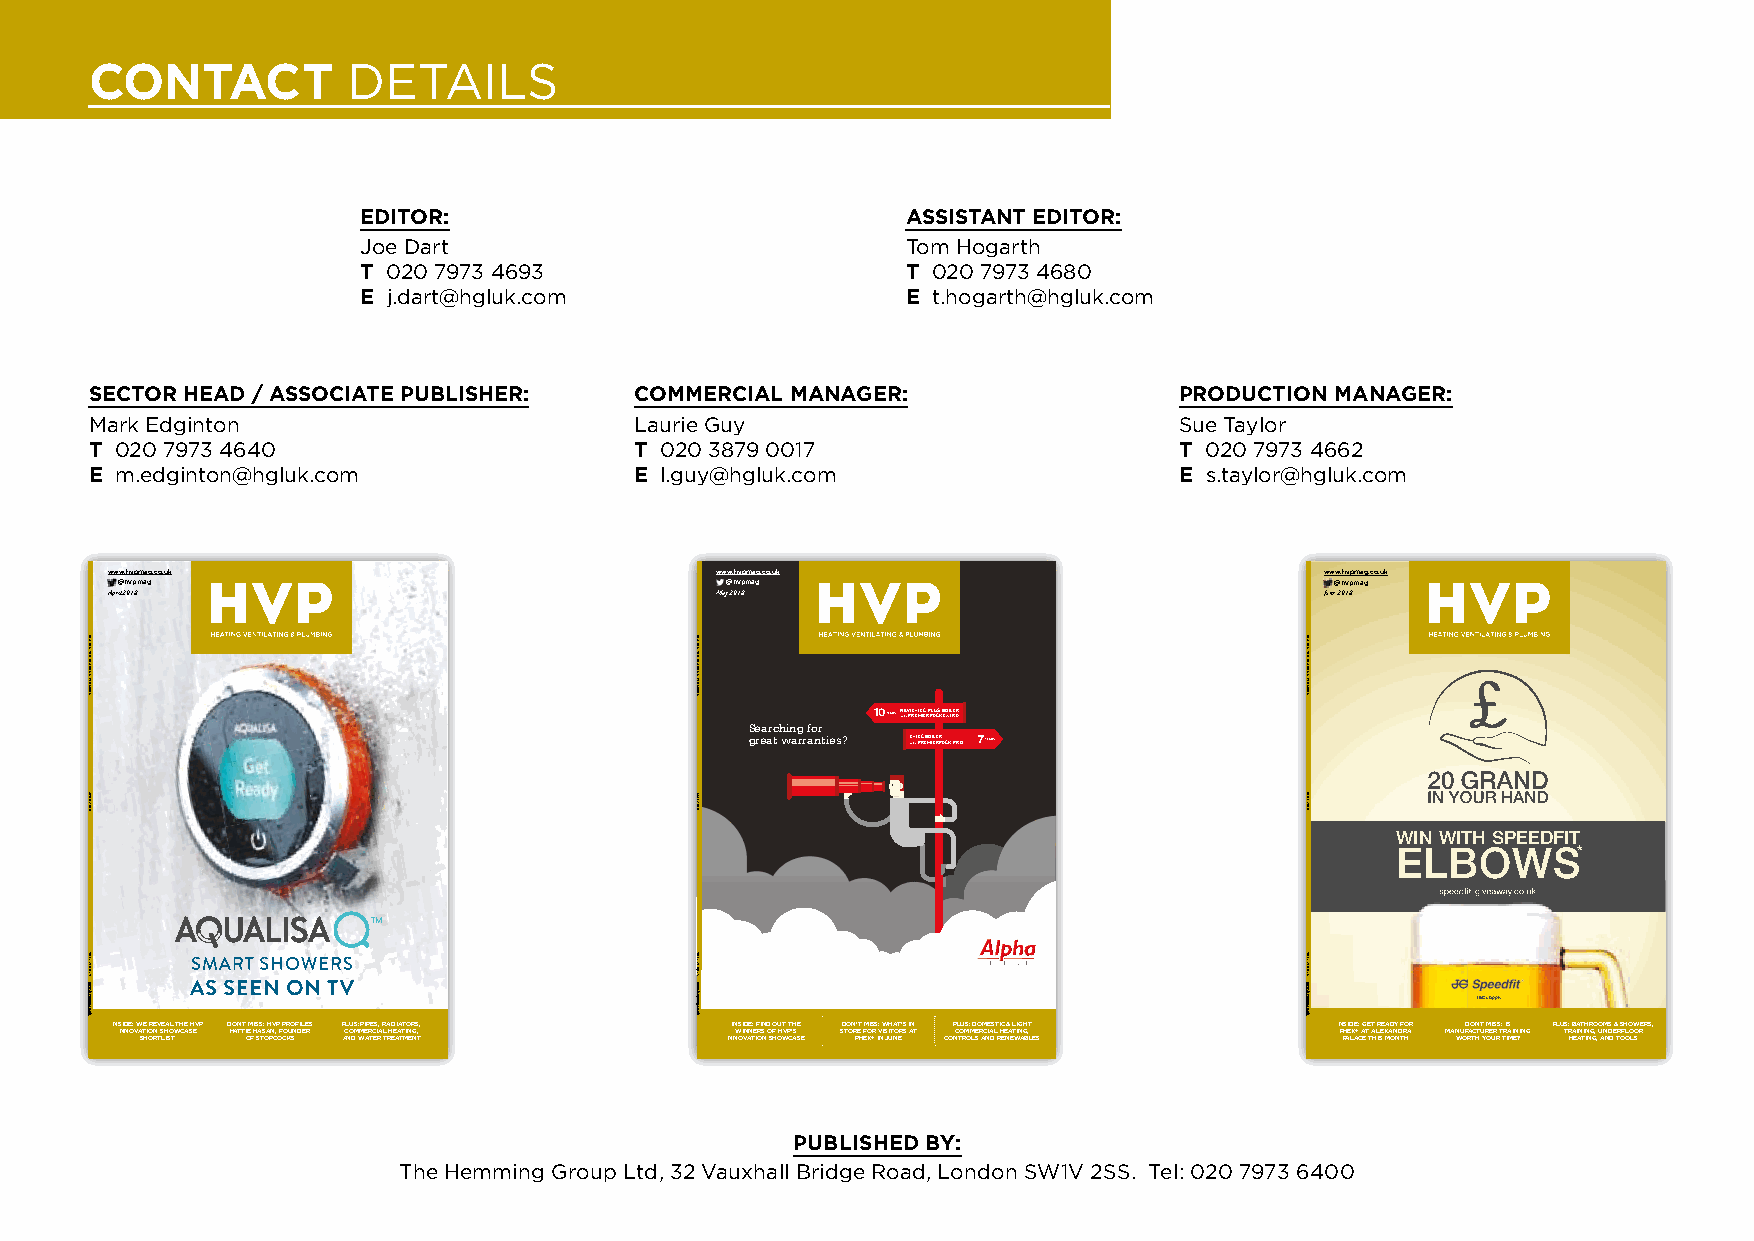
cONTacT          deTAILs
 ediTOr:                             assisTaNT ediTOr:
 Joe dart                            Tom Hogarth
 T 020 7973 4693                     T 020 7973 4680
 e j.dart@hgluk.com                  e t.hogarth@hgluk.com
 secTOr head / assOciaTe pubLisher:  cOmmerciaL maNager:                 prOducTiON maNager:
 Mark edginton                       Laurie Guy                          sue Taylor
 T 020 7973 4640                     T 020 3879 0017                     T 020 7973 4662
 e m.edginton@hgluk.com              e l.guy@hgluk.com                   e s.taylor@hgluk.com
 www.hvpmag.co.uk                        www.hvpmag.co.uk                         www.hvpmag.co.uk
 @hvpmag                                 @hvpmag                                 @hvpmag
 April 2018                              May 2018                                 June 2018
 10YEARSN wiE thW PR EE-TMEIECR PPLAUCSK B EOXITLRERA
 Searching for
 great warranties? E wi- thT PECR EBMOIIELREPRACK PRO 7YEARS
 WIN WITH SPEEDFIT
 ELBOWS*
 ssppeeeeddffiitt--ggiivveeaawwaayy..ccoo..uukk
 TM
 *T&Cs Apply
 INSIDE: WE REVEAL THE HVP DON’T MISS: HVP PROFILES PLUS: PIPES, RADIATORS, InsIde: FInd out the don’t MIss: what’s In PLus: doMestIc & LIGht INSIDE: GET READY FOR DON’T MISS: IS PLUS: BATHROOMS & SHOWERS,
 INNOVATION SHOWCASE HATTIE HASAN, FOUNDER COMMERCIAL HEATING, wInners oF hVP’s store For VIsItors at coMMercIaL heatInG, PHEX+ AT ALEXANDRA MANUFACTURER TRAINING TRAINING, UNDERFLOOR
 SHORTLIST OF STOPCOCKS AND WATER TREATMENT InnoVatIon showcase Phex+ In june controLs and renewaBLes PALACE THIS MONTH WORTH YOUR TIME? HEATING, AND TOOLS
 pubLished bY:
 The Hemming Group Ltd, 32 Vauxhall Bridge road, London sW1V 2ss. Tel: 020 7973 6400
 HEATING
 VENTILATING
 & PLUMBING
 APRIL
 2018
 VOL.
 39 NO.
 4 • www.hvpmag.co.uk
 HEATING
 VENTILATING
 & PLUMBING
 MAY
 2018
 VOL.
 39 NO.
 5 • www.hvpmag.co.uk
 HEATING
 VENTILATING
 & PLUMBING
 JUNE
 2018
 VOL.
 39 NO.
 6 • www.hvpmag.co.uk